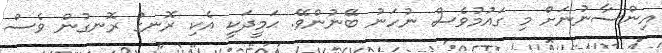
އިންސާނުނަށް މި ގައުމުވެސް ނުހަނު ބޭނުންވޭ. ޙަމީދަކީ އެކި ރޮނގު ރޮނގުން ވެސް